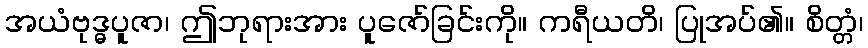
အယံဗုဒ္ဓပူဇာ၊ ဤဘုရားအား ပူဇော်ခြင်းကို။ ကရီယတိ၊ ပြုအပ်၏။ စိတ္တံ၊